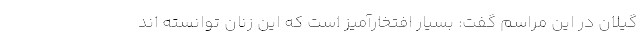
گیلان در این مراسم گفت: بسیار افتخارآمیز است که این زنان توانسته اند